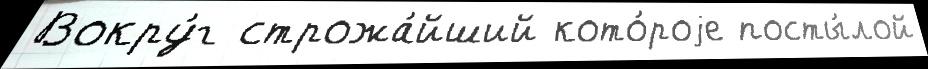
Вокру́г строжа́йший кото́роjе посты́лой